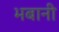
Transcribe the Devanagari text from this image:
भबानी